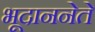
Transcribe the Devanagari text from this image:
भूदाननेते